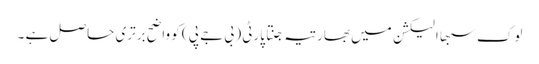
لوک سبھا الیکشن میں بھارتیہ جنتا پارٹی ( بی جے پی ) کو واضح برتری حاصل ہے ۔